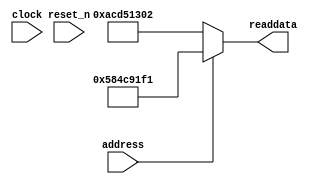
module soc_system_sysid_qsys_3 (
                address,
                clock,
                reset_n,
                readdata
             )
;
  output  [ 31: 0] readdata;
  input            address;
  input            clock;
  input            reset_n;
  wire    [ 31: 0] readdata;
  assign readdata = address ? 1481413105 : 2899645186;
endmodule